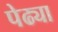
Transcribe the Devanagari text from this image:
पेढ्या